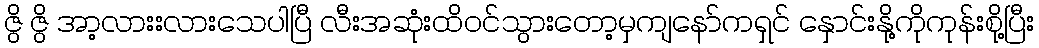
ဇွိ ဇွိ အာ့လားးလားသေပါပြီ လီးအဆုံးထိဝင်သွားတော့မှကျနော်ကရှင် နှောင်းနို့ကိုကုန်းစို့ပြီး